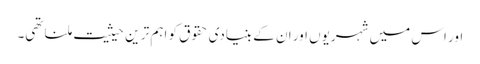
اور اس میں شہریوں اور ان کے بنیادی حقوق کو اہم تر ین حیثیت ملنا تھی۔